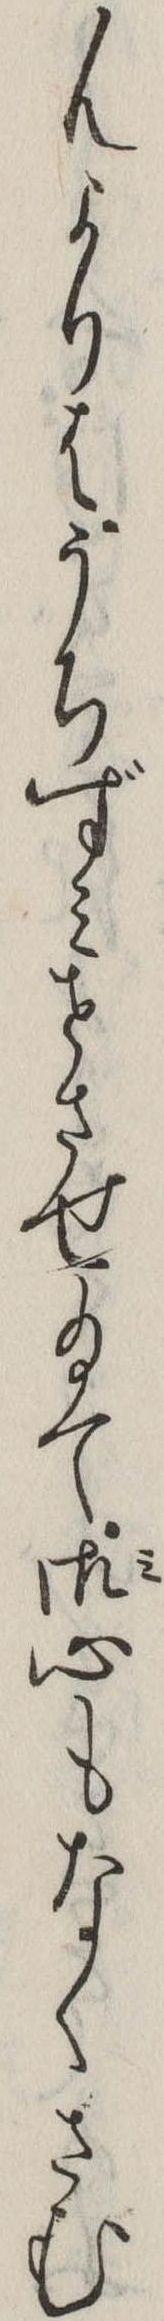
んよりはうちずみせさせ給て御心もなくさむ